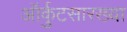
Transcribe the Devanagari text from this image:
ऑर्कुटसारख्या